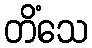
တိံသေ